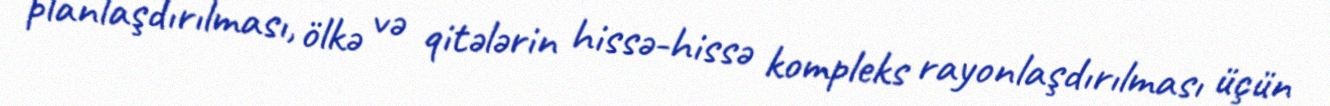
planlaşdırılması, ölkə və qitələrin hissə-hissə kompleks rayonlaşdırılması üçün